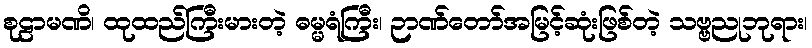
စုဠာမဏိ၊ ထုထည်ကြီးမားတဲ့ ဓမ္မရံကြီး၊ ဉာဏ်တော်အမြင့်ဆုံးဖြစ်တဲ့ သဗ္ဗညုဘုရား၊